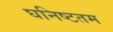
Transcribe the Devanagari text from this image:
घनिष्टतम